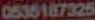
0535187325